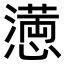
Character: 𢡛